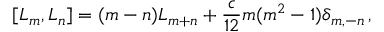
[ L _ { m } , L _ { n } ] = ( m - n ) L _ { m + n } + { \frac { c } { 1 2 } } m ( m ^ { 2 } - 1 ) \delta _ { m , - n } \, ,